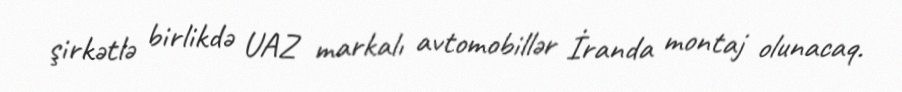
şirkətlə birlikdə UAZ markalı avtomobillər İranda montaj olunacaq.